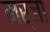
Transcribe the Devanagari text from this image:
मर्जा